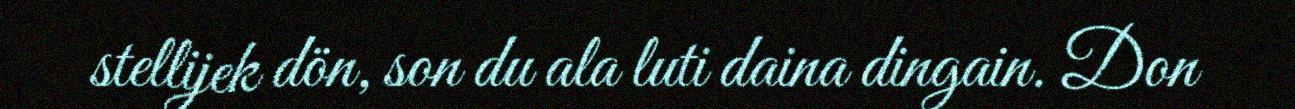
stellijek dön, son du ala luti daina dingain. Don